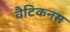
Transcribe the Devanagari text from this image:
वैटिकनस